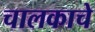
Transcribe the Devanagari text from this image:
चालकाचे